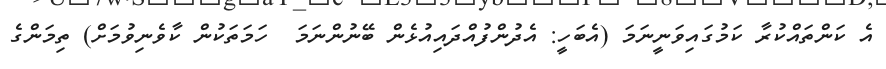
އެ ކަންތައްކުރާ ކަމުގައިވަނީނަމަ (އެބަހީ: އެދުންފުއްދައިއުޅެން ބޭނުންނަމަ  ހަމަތަކުން ކާވެނިވުމަށް) ތިމަންގެ